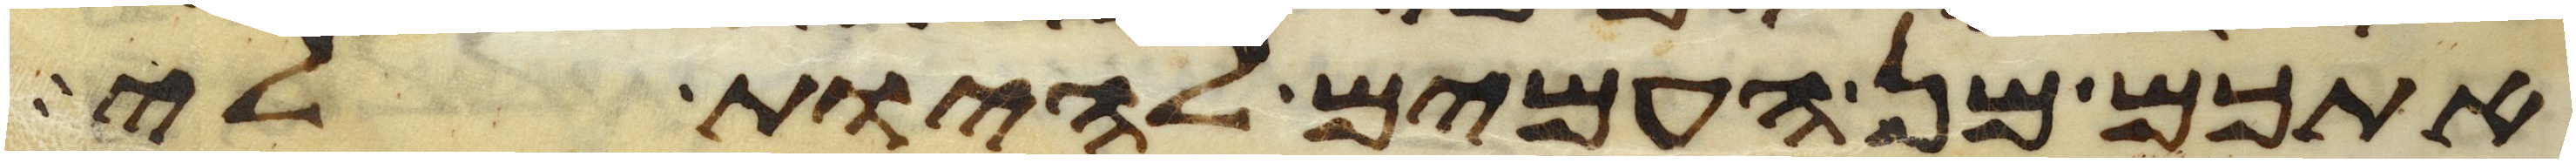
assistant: אתכם מן העמים להיות לי